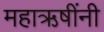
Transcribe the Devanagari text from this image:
महाऋषींनी